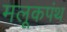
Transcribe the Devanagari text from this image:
मलूकपंथ